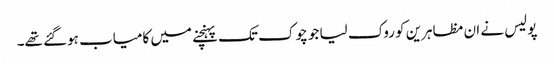
پولیس نے ان مظاہرین کو روک لیا جو چوک تک پہنچنے میں کامیاب ہوگئے تھے۔